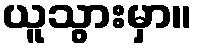
ယူသွားမှာ။